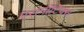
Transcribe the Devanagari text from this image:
एरानाॅटिक्स